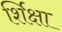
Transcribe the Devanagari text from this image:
र्शिक्षा